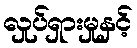
လှုပ်ရှားမှုနှင့်